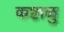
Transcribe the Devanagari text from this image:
कष्टाळु